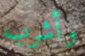
وأشرب